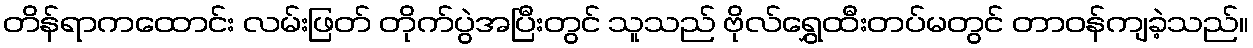
တိန်ရာကထောင်း လမ်းဖြတ် တိုက်ပွဲအပြီးတွင် သူသည် ဗိုလ်ရွှေထီးတပ်မတွင် တာဝန်ကျခဲ့သည်။